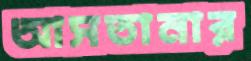
আসতানার